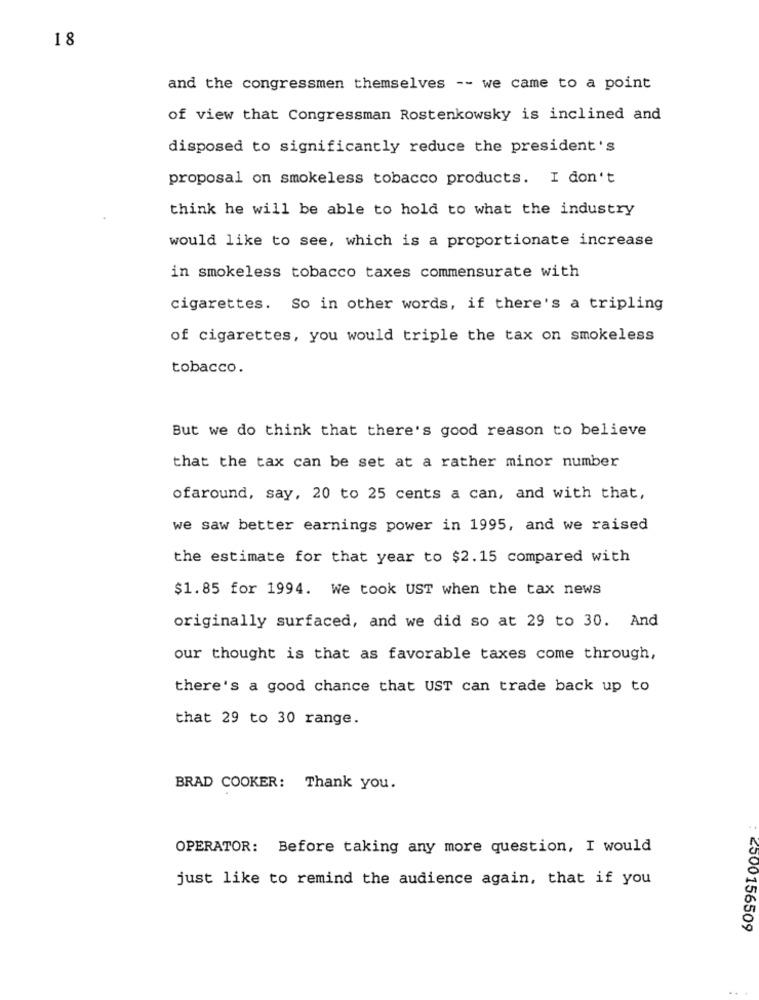
18
and the congressmen themselves -- we came to a point
of view that Congressman Rostenkowsky is inclined and
disposed to significantly reduce the president's
proposal on smokeless tobacco products. I don't
think he will be able to hold to what the industry
would like to see, which is a proportionate increase
in smokeless tobacco taxes commensurate with
cigarettes. So in other words, if there's a tripling
of cigarettes, you would triple the tax on smokeless
tobacco.
But we do think that there's good reason to believe
that the tax can be set at a rather minor number
ofaround, say, 20 to 25 cents a can, and with that,
we saw better earnings power in 1995, and we raised
the estimate for that year to $2.15 compared with
$1.85 for 1994. We took UST when the tax news
originally surfaced, and we did so at 29 to 30. And
our thought is that as favorable taxes come through,
there's a good chance that UST can trade back up to
that 29 to 30 range.
BRAD COOKER: Thank you.
OPERATOR: Before taking any more question, I would
just like to remind the audience again, that if you
2000156509